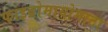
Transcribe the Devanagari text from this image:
फाइब्रोमायोमाटा